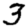
Digit: 3